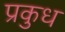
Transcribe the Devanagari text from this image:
प्रकुध